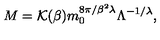
M = { \cal K } ( \beta ) m _ { 0 } ^ { { 8 \pi } / { \beta ^ { 2 } \lambda } } \Lambda ^ { - { 1 } / { \lambda } } ,